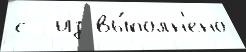
с  из вы́полн'ено